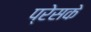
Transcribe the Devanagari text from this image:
प्रेसके